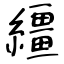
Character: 繮